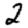
Digit: 2